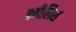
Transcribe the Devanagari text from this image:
क्वीलिश